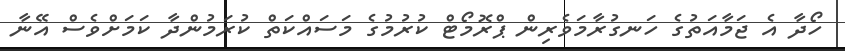
ހޯދާ އެ ޖަމާއަތުގެ ހަނގުރާމަވެރިން ޕްރޮމޯޓް ކުރުމުގެ މަސައްކަތް ކުރަމުންދާ ކަމަށްވެސް އޭނާ